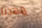
مهذبا